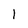
Character: 1